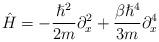
LaTeX: \begin{align*}\hat{H} = -\frac{\hslash^{2}}{2m}\partial_{x}^{2}+\frac{\beta \hslash^{4}}{3m}\partial_{x}^{4}\end{align*}